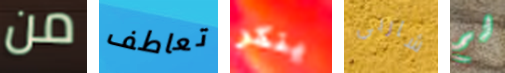
من تعاطف ينكر شاربي لم